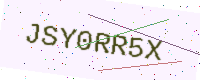
Text: JSY0RR5X